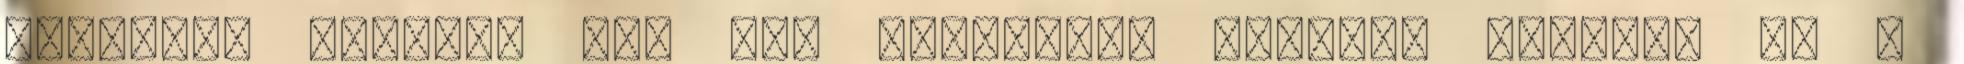
készült, zömében még nem publikált fotókat mutatta be a